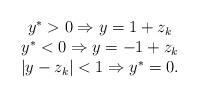
LaTeX: \begin{align*}\begin{array}[c]{c}y^{\ast}>0\Rightarrow y=1+z_{k}\\y^{\ast}<0\Rightarrow y=-1+z_{k}\\\left\vert y-z_{k}\right\vert <1\Rightarrow y^{\ast}=0.\end{array}\end{align*}